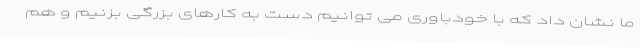
ما نشان داد که با خودباوری می توانیم دست به کارهای بزرگی بزنیم و هم